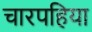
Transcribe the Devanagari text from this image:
चारपहिया